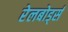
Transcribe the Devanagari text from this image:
रेलबोर्ड्स